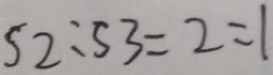
S _ { 2 } : S _ { 3 } = 2 : 1